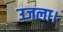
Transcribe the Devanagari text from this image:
उजला।